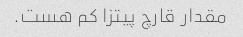
مقدار قارچ پیتزا کم هست.